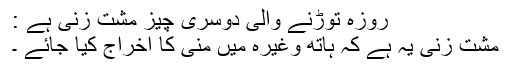
روزہ توڑنے والی دوسری چيز مشت زنی ہے :
مشت زنی یہ ہے کہ ہاتھ وغیرہ میں منی کا اخراج کیا جائے ۔